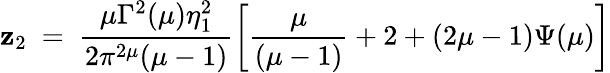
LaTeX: \mathbf{z}_{2}~=~\frac{{\mu\Gamma^{2}(\mu)\eta_{1}^{2}}}{{2\pi^{2\mu}(\mu-1)}}\left[\frac{{\mu}}{{(\mu-1)}}+2+(2\mu-1)\Psi(\mu)\right]